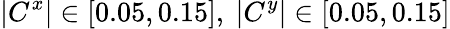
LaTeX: |C^{x}|\in[0.05,0.15],~|C^{y}|\in[0.05,0.15]